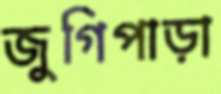
জুগিপাড়া